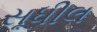
સૂધીલ